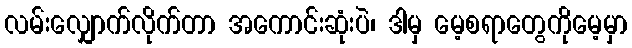
လမ်းလျှောက်လိုက်တာ အကောင်းဆုံးပဲ၊ ဒါမှ မေ့စရာတွေကိုမေ့မှာ